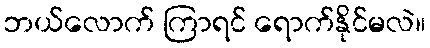
ဘယ်လောက် ကြာရင် ရောက်နိုင်မလဲ။